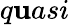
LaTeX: q\mathbf{u}asi